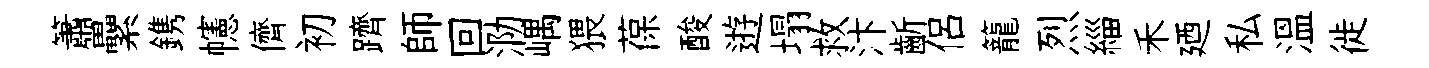
簫纍鎸幰儕初躋師回泐嵎猥葆酸逰塌救汴齗侶籠烈緇禾廼私温徙